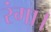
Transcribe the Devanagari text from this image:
रंगा।